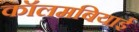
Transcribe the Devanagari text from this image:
कॉलमबियाई